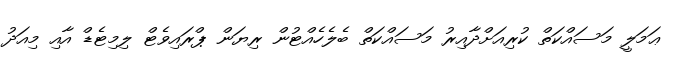
ޢަމަލީ މަސައްކަތް ކުރިއަށްދާއިރު މަސައްކަތް ބެލެހެއްޓުން ރިޔަން ޕްރައިވެޓް ލިމިޓެޑް އާއި މިއަދު